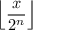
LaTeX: \left\lfloor { \frac { x } { 2 ^ { n } } } \right\rfloor